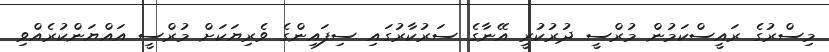
މިސްރުގެ ރައީސްކަމުން މުރްސީ ދުރުކުރީ އޭނާގެ ސަރުކާރުގައި ސިފައިންގެ ވެރިޔަކަށް މުރްސީ އައްޔަންކުރެއްވި